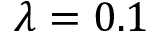
\lambda = 0 . 1